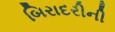
બિરાદરીની